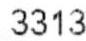
3313